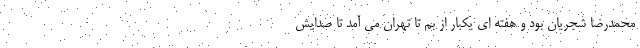
محمدرضا شجریان بود و هفته ای یکبار از بم تا تهران می آمد تا صدایش